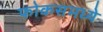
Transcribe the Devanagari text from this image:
फोकसमध्ये